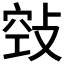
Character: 𢽦